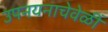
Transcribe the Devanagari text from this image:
उपनयनाचेवेळीं